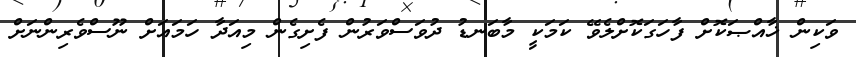
ވަކިން ޚާއްޞަކޮށް ފާހަގަކޮށްލެވޭ ކަމަކީ މާބަނޑު ދުވަސްވަރުން ފެށިގެން މިއަދާ ހަމައަށް ނޫސްވެރިންނަށް